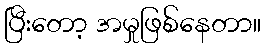
ပြီးတော့ အမှုဖြစ်နေတာ။